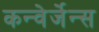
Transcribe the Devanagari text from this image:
कन्वेर्जेन्स